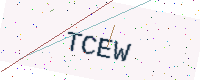
Text: TCEW